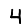
Digit: 4